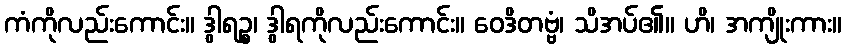
ကံကိုလည်းကောင်း။ ဒွါရဉ္စ၊ ဒွါရကိုလည်းကောင်း။ ဝေဒိတဗ္ဗံ၊ သိအပ်၏။ ဟိ၊ အကျိုးကား။